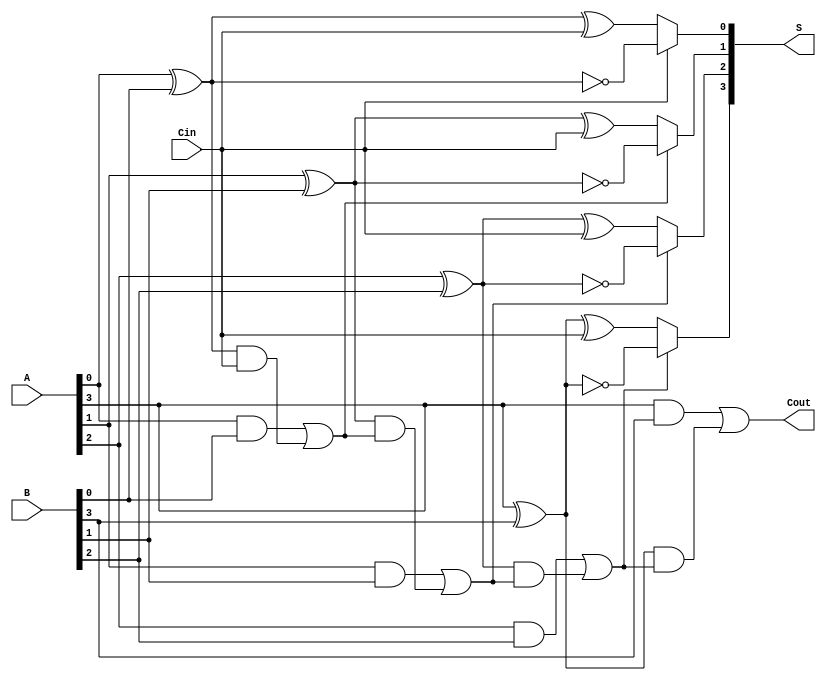
module ConditionalSumAdder #(
    parameter N = 4  // Define the bit-width of the adder
)(
    input  [N-1:0] A,      // First n-bit input
    input  [N-1:0] B,      // Second n-bit input
    input        Cin,       // Carry-in
    output [N-1:0] S,      // Sum output
    output       Cout       // Carry-out
);

    wire [N-1:0] G;        // Generate signals
    wire [N-1:0] P;        // Propagate signals
    wire [N:0] C;          // Carry signals (C[0] is Cin)

    // Carry generation logic
    assign C[0] = Cin; // Initial carry is Cin

    genvar i;
    generate
        for (i = 0; i < N; i = i + 1) begin : carry_gen
            assign G[i] = A[i] & B[i];          // Generate
            assign P[i] = A[i] ^ B[i];          // Propagate
            assign C[i+1] = G[i] | (P[i] & C[i]); // Carry
        end
    endgenerate

    // Sum computation based on carry predictions
    wire [N-1:0] S0; // Sum if carry is 0
    wire [N-1:0] S1; // Sum if carry is 1

    generate
        for (i = 0; i < N; i = i + 1) begin : sum_calc
            assign S0[i] = A[i] ^ B[i] ^ C[0]; // Sum when carry is 0
            assign S1[i] = A[i] ^ B[i] ^ 1;     // Sum when carry is 1
            assign S[i] = (C[i] ? S1[i] : S0[i]); // Final sum selection
        end
    endgenerate

    // Final carry-out
    assign Cout = C[N];

endmodule